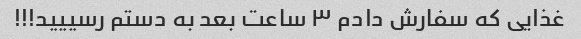
غذایی که سفارش دادم ۳ ساعت بعد به دستم رسییید!!!